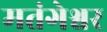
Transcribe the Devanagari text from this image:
मतंगेश्वर